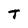
Character: T